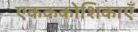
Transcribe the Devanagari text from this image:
एकककोशिकाएँ